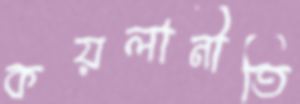
কয়লানীতি